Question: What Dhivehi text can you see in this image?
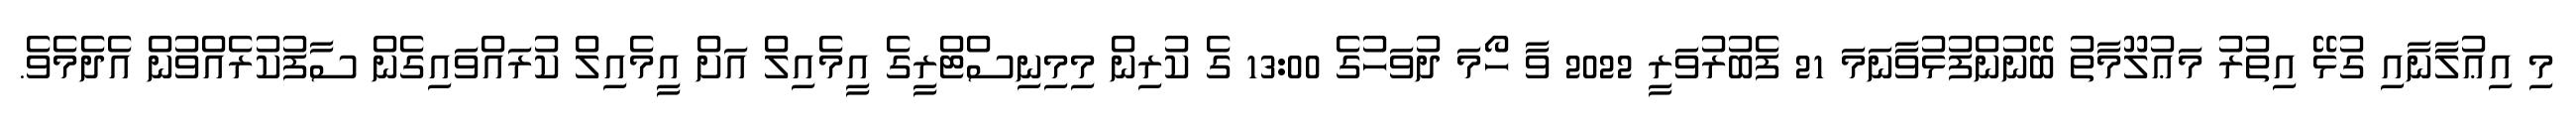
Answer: މި އިޢުލާނާއި ގުޅޭ އިތުރު މަޢުލޫމާތު ބޭނުންފުޅުވާނަމަ 21 ފެބުރުވަރީ 2022 ވާ ހޯމަ ދުވަހުގެ 13:00 ގެ ކުރިން މިމިނިސްޓްރީގެ އީމެއިލް އަށް އީމެއިލް ކުރައްވައިގެން ސާފުކުރެއްވުން އެދެމެވެ.